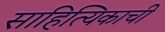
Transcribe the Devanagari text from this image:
साहित्यिकाची